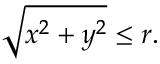
{ \sqrt { x ^ { 2 } + y ^ { 2 } } } \leq r .